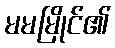
မမမြိုင်၏